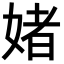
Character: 媎